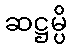
ဆဋ္ဌမ္ပိ